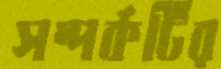
সম্পর্কটির